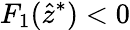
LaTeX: F_{1}(\hat{z}^{*})<0